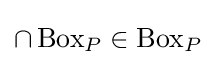
\cap \operatorname {Box} _{P}\in \operatorname {Box} _{P}